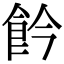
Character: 𩚕